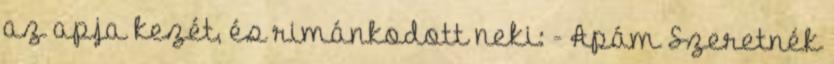
az apja kezét, és rimánkodott neki: - Apám Szeretnék